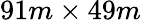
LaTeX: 91m\times 49m